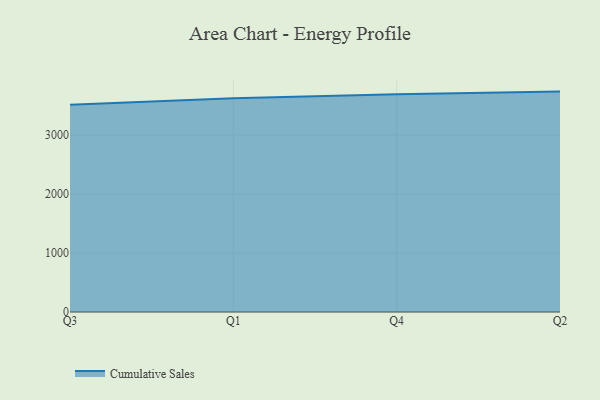
{"axis": {"x": "Quarter", "y": "Backlog"}, "legend": ["Cumulative Sales"], "data": [{"x": "Q3", "y": 3510.6, "type": "Cumulative Sales"}, {"x": "Q1", "y": 3623.3, "type": "Cumulative Sales"}, {"x": "Q4", "y": 3688.1, "type": "Cumulative Sales"}, {"x": "Q2", "y": 3735.1, "type": "Cumulative Sales"}]}